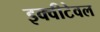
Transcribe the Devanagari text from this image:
इक्वीटेवल